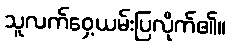
သူလက်ဝှေ့ယမ်းပြလိုက်၏။